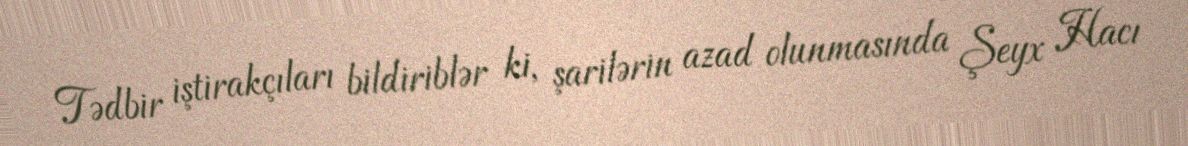
Tədbir iştirakçıları bildiriblər ki, şarilərin azad olunmasında Şeyx Hacı